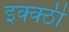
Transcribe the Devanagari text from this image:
इक्क्ठी